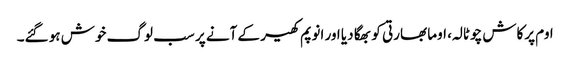
اوم پرکاش چوٹالہ، اوما بھارتی کو بھگا دیا اور انوپم کھیر کے آنے پر سب لوگ خوش ہو گئے۔